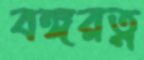
বঙ্গরত্ন